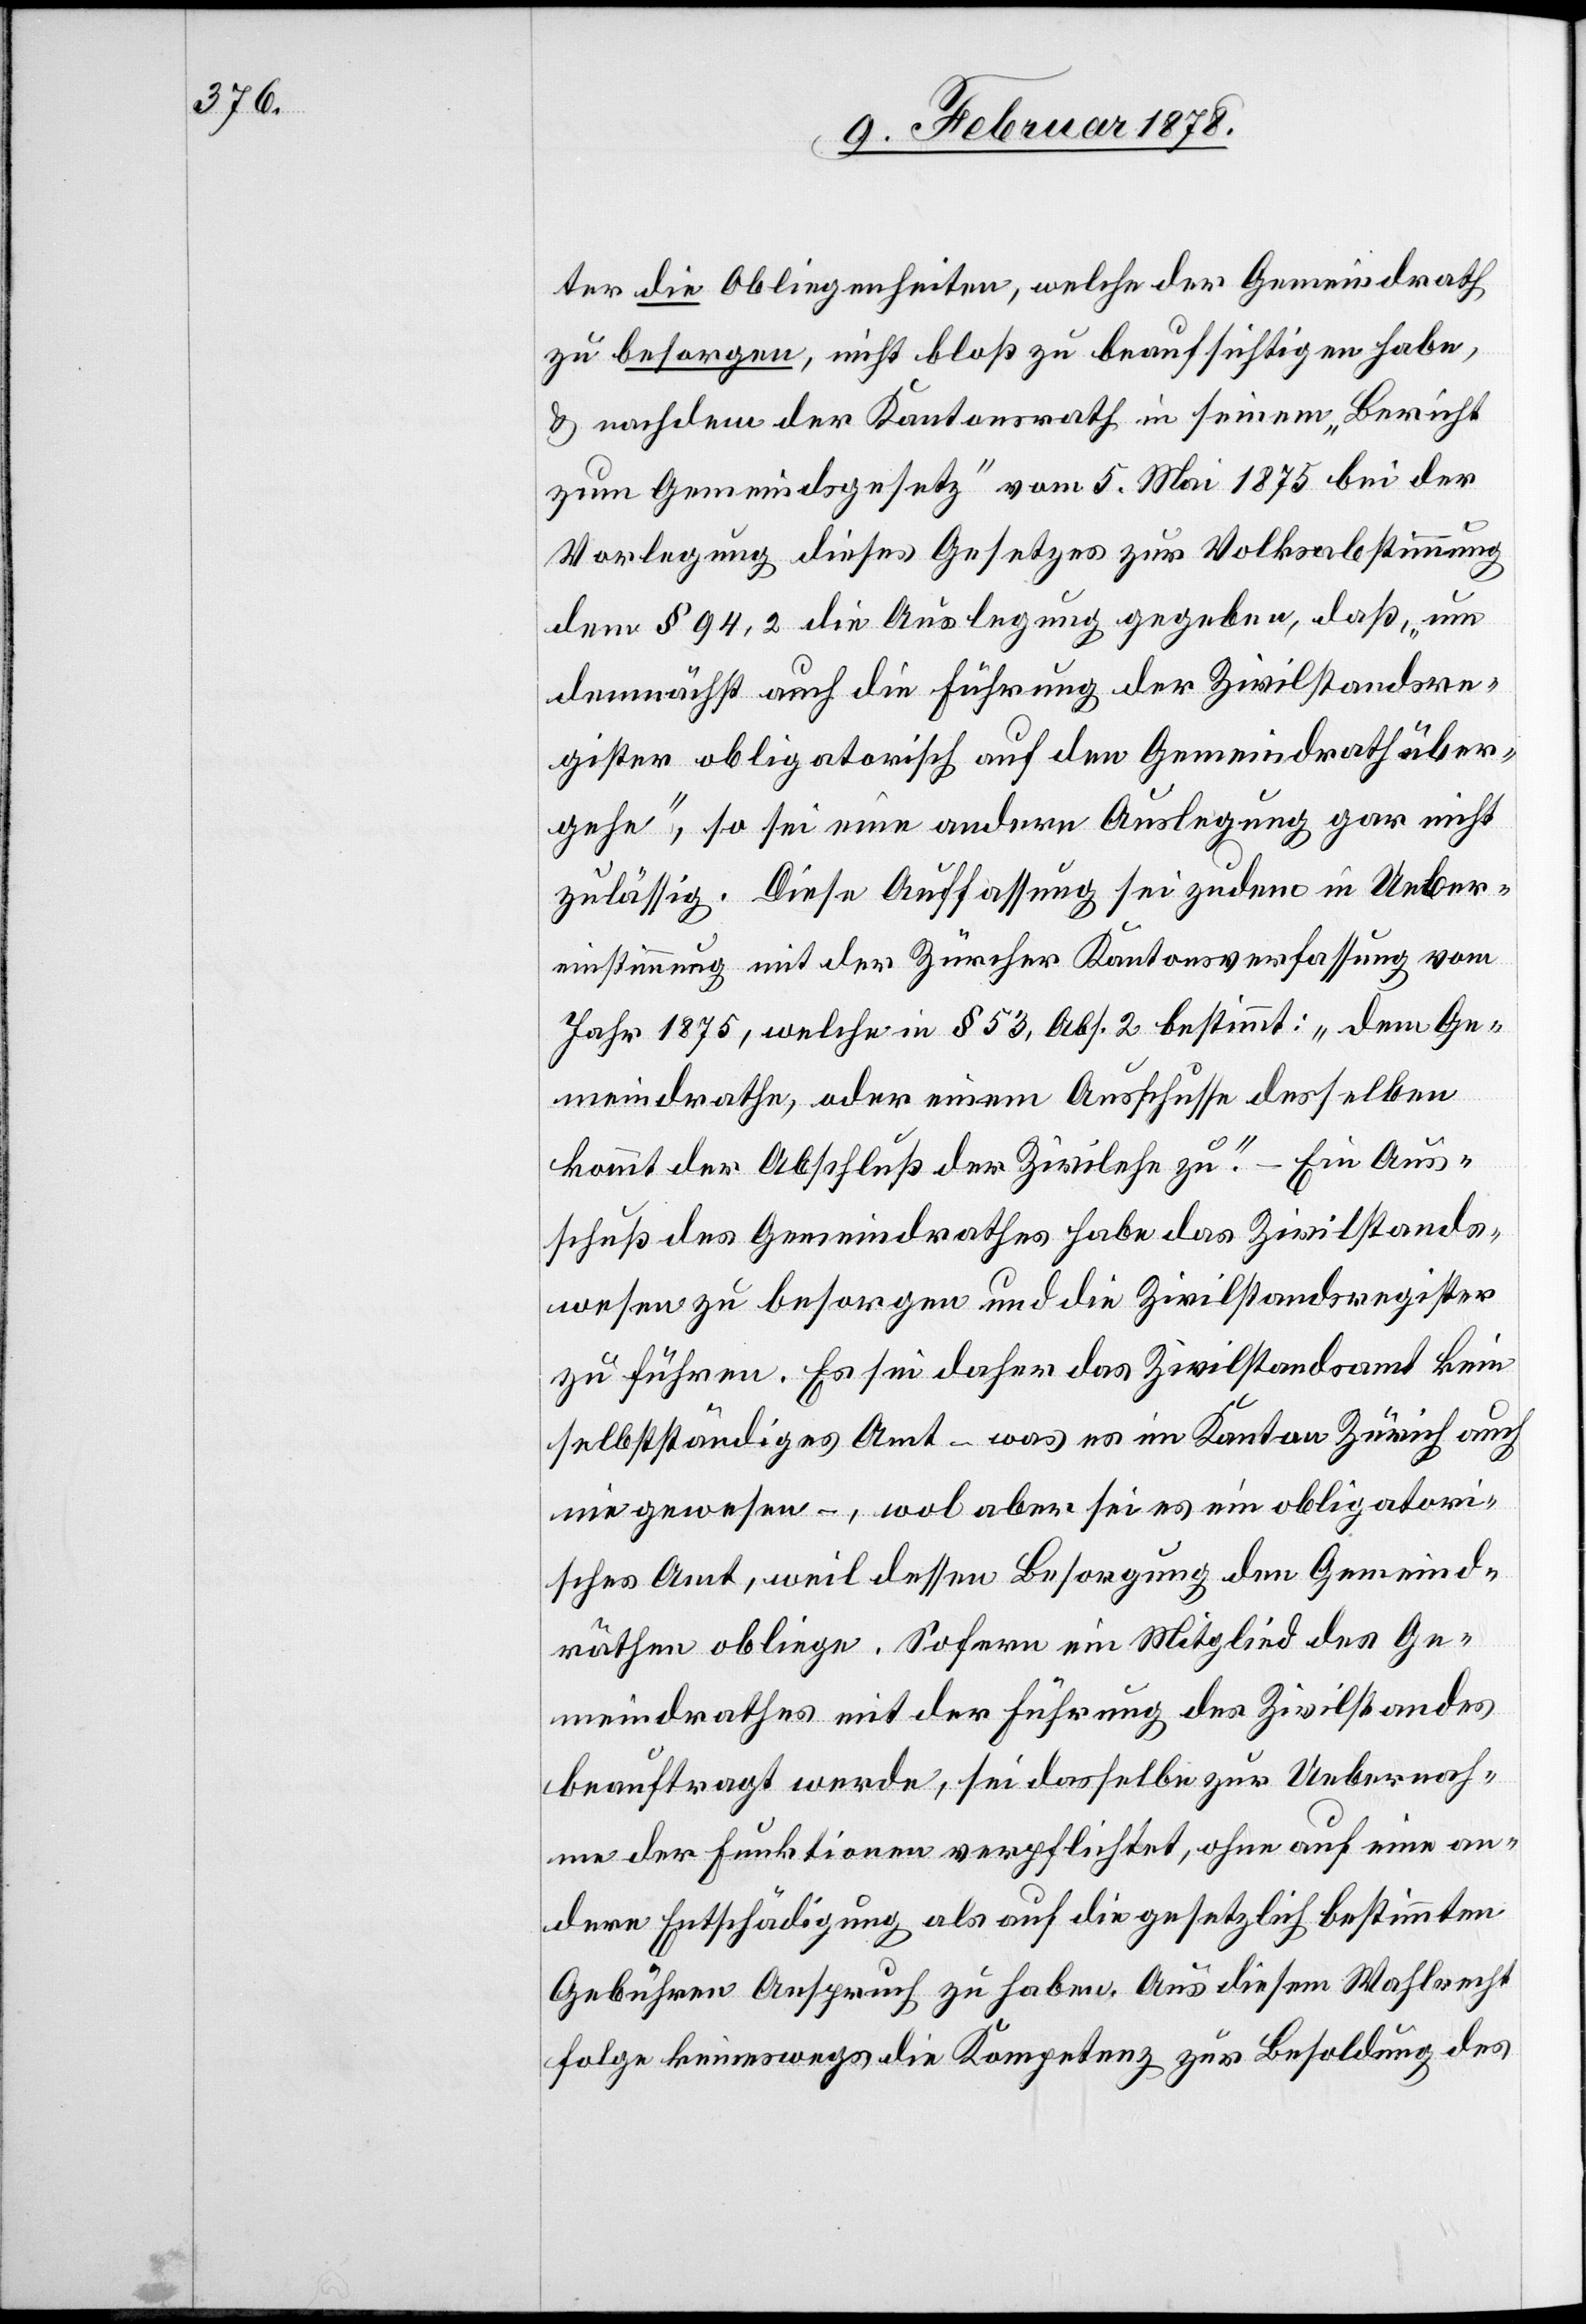
ter die Obliegenheiten, welche der Gemeindrath
zu besorgen, nicht bloß zu beaufsichtigen habe,
& nachdem der Kantonsrath in seinem „Bericht
zum Gemeindsgesetz“ vom 5. Mai 1875 bei der
Vorlegung dieses Gesetzes zur Volksabstimmung
dem § 94,2 die Auslegung gegeben, daß „um
demnächst auch die Führung der Zivilstandsre¬
gister obligatorisch auf den Gemeindrath über¬
gehe“, so sei eine andere Auslegung gar nicht
zulässig. Diese Auffassung sei zudem in Ueber¬
einstimmung mit der Zürcher Kantonsverfassung vom
Jahr 1875, welche in § 53, Abs. 2 bestimmt: „dem Ge¬
meindrathe, oder einem Ausschusse desselben
kommt der Abschluß der Zivilehe zu.“ – Ein Aus¬
schuß des Gemeindrathes habe das Zivilstands¬
wesen zu besorgen und die Zivilstandsregister
zu führen. Es sei daher das Zivilstandsamt kein
selbstständiges Amt – was es im Kanton Zürich auch
nie gewesen –, wol aber sei es ein obligatori¬
sches Amt, weil dessen Besorgung den Gemeind¬
räthen obliege. Sofern ein Mitglied des Ge¬
meindrathes mit der Führung des Zivilstandes
beauftragt werde, sei dasselbe zur Uebernah¬
me der Funktionen verpflichtet, ohne auf eine an¬
dere Entschädigung als auf die gesetzlich bestimmten
Gebühren Anspruch zu haben. Aus diesem Wahlrecht
folge keineswegs die Kompetenz zur Besoldung des